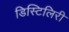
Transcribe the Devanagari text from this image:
डिस्टिलिरी